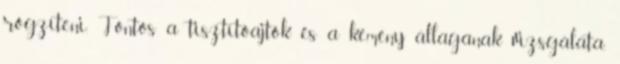
rögzíteni. Fontos a tisztítóajtók és a kémény állagának vizsgálata,